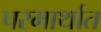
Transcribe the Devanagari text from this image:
परमार्थात